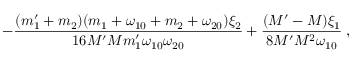
- \frac { ( m _ { 1 } ^ { \prime } + m _ { 2 } ) ( m _ { 1 } + \omega _ { 1 0 } + m _ { 2 } + \omega _ { 2 0 } ) \xi _ { 2 } } { 1 6 M ^ { \prime } M m _ { 1 } ^ { \prime } \omega _ { 1 0 } \omega _ { 2 0 } } + \frac { ( M ^ { \prime } - M ) \xi _ { 1 } } { 8 M ^ { \prime } M ^ { 2 } \omega _ { 1 0 } } \; ,